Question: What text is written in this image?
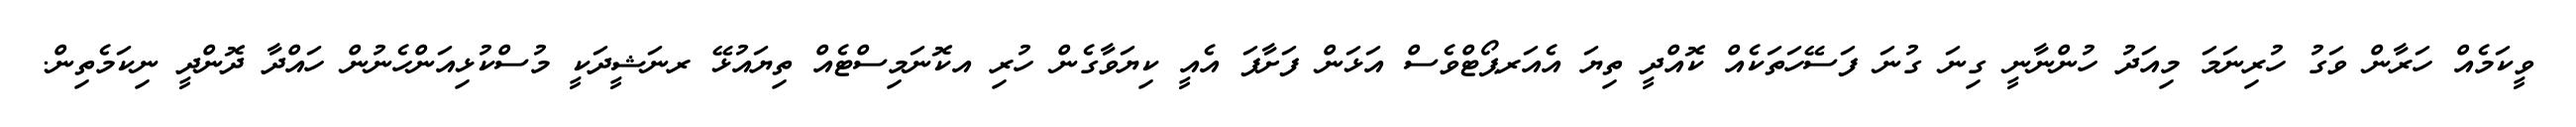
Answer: ވީކަމެއް ހަރާން ވަގު ހުރިނަމަ މިއަދު ހުންނާނީ ގިނަ ގުނަ ފަސޭހަތަކެއް ކޮއްދީ ތިޔަ އެއަރޕޯޓްވެސް އަޅަން ފަށާފަ އެއީ ކިޔަވާގެން ހުރި އކޮނަމިސްޓެއް ތިޔައުޅޭ ރނަޝީދަކީ މުސްކުޅިއަންހެނުން ހައްދާ ދޮންދީ ނިކަމެތިން.